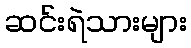
ဆင်းရဲသားများ